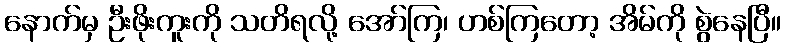
နောက်မှ ဦးဖိုးကူးကို သတိရလို့ အော်ကြ၊ ဟစ်ကြတော့ အိမ်ကို စွဲနေပြီ။